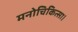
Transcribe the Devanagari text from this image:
मनोचिकित्सा।